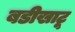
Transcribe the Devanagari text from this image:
बडीखाटू